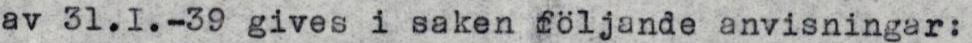
av 31.I.-39 gives i saken följande anvisningar: